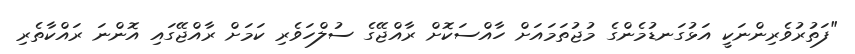
"ފަތުރުވެރިންނަކީ އަޅުގަނޑުމެންގެ މުޖުތަމައަށް ހާއްސަކޮށް ރާއްޖޭގެ ސުލްހަވެރި ކަމަށް ރާއްޖޭގައި އޮންނަ ރައްކާތެރި